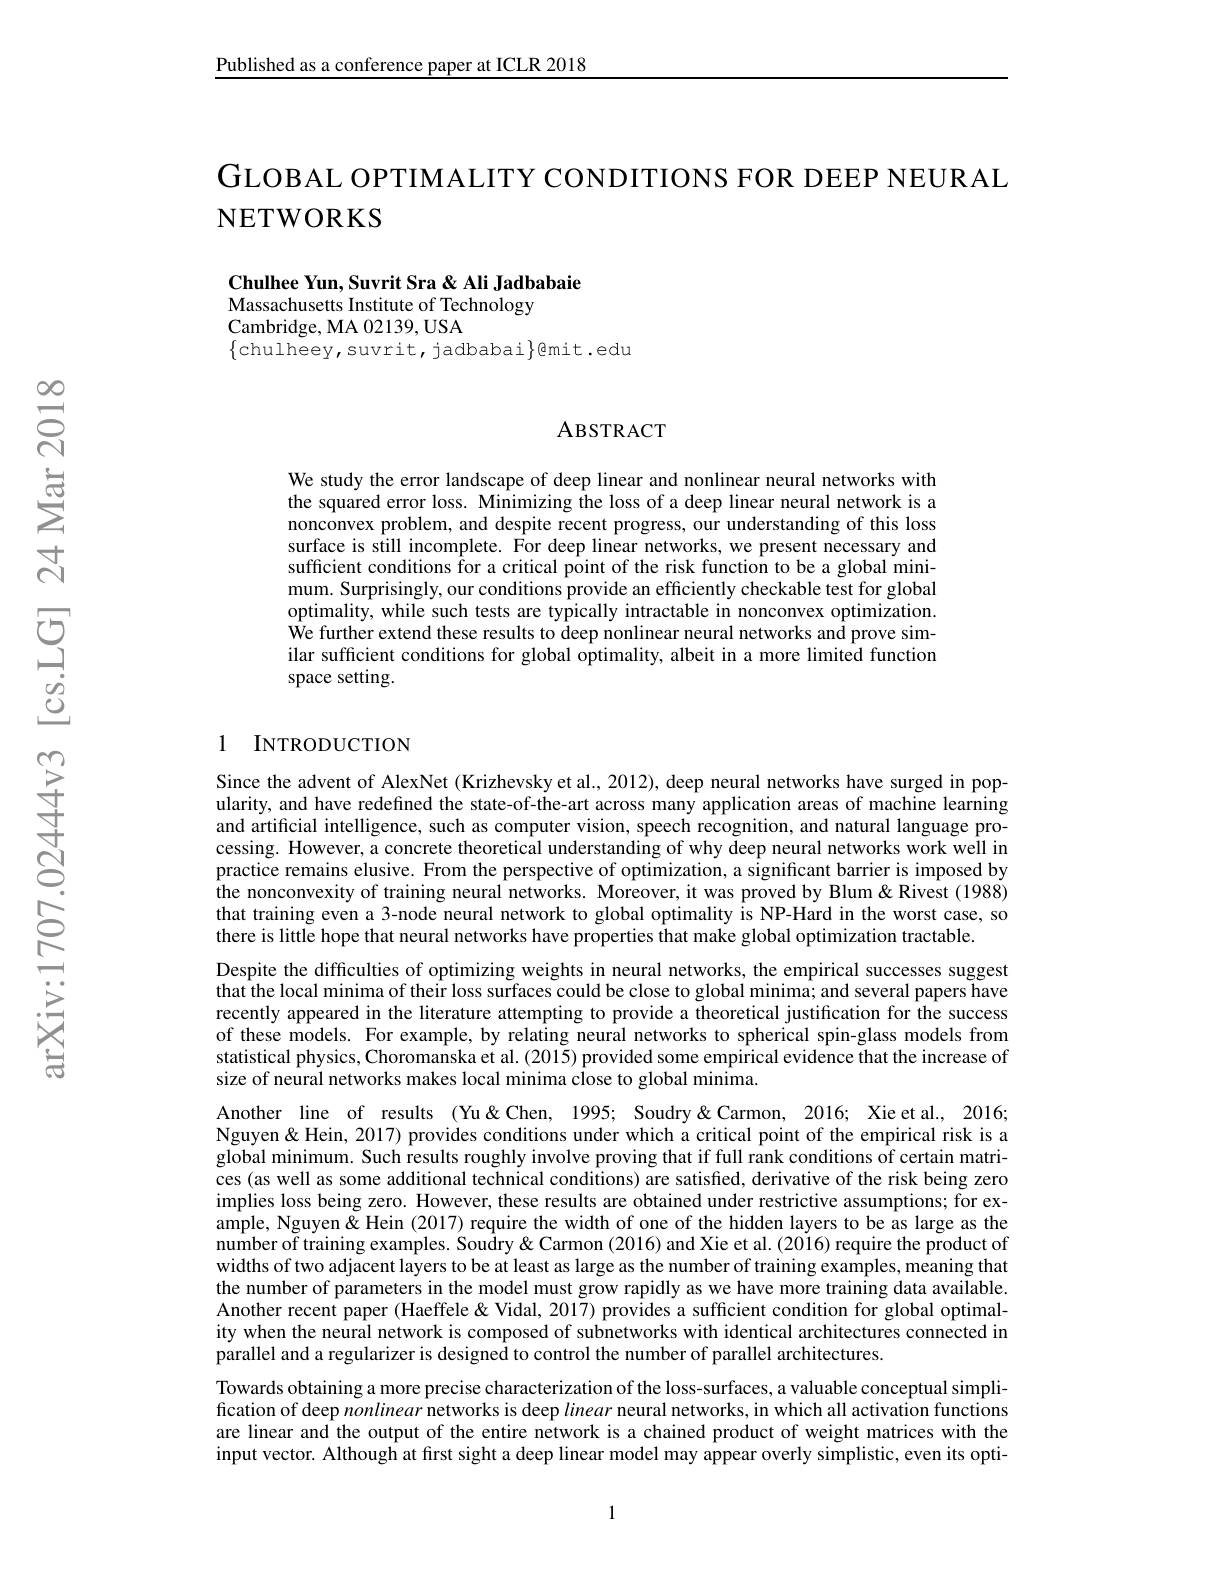
Published as a conference paper at ICLR 2018

GLOBAL OPTIMALITY CONDITIONS FOR DEEP NEURAL
NETWORKS

Chulhee Yun, Suvrit Sra & Ali Jadbabaie
Massachusetts Institute of Technology
Cambridge, MA 02139, USA
$\{$chulheey,suvrit,jadbabai$\}$@mit.edu

$હ્રિં$

### ABSTRACT

We study the error landscape of deep linear and nonlinear neural networks with the squared error loss. Minimizing the loss of a deep linear neural network is a nonconvex problem, and despite recent progress, our understanding of this loss surface is still incomplete. For deep linear networks, we present necessary and sufficient conditions for a critical point of the risk function to be a global minimum. Surprisingly, our conditions provide an efficiently checkable test for global optimality, while such tests are typically intractable in nonconvex optimization. $\hat{\text{We further extend these results to deep nonlinear neural networks and prove sim-}}$ ilar sufficient conditions for global optimality, albeit in a more limited function space setting.

### 1 INTRODUCTION

Since the advent of AlexNet (Krizhevsky et al., 2012), deep neural networks have surged in popularity, and have redefined the state-of-the-art across many application areas of machine learning and artificial intelligence, such as computer vision, speech recognition, and natural language processing. However, a concrete theoretical understanding of why deep neural networks work well in practice remains elusive. From the perspective of optimization, a significant barrier is imposed by the nonconvexity of training neural networks. Moreover, it was proved by Blum&Rivest (1988) that training even a 3-node neural network to global optimality Îs NP-Hard in the worst case, so there is little hope that neural networks have properties that make global optimization tractable.
Despite the difficulties of optimizing weights in neural networks, the empirical successes suggest $\hat{\text{that the local minima of their loss surfaces could be close to global minima; and several papers have}}$ recently appeared in the literature attempting to provide a theoretical justification for the success of these models. For example, by relating neural networks to spherical spin-glass models from statistical physics, Choromanska et al. (2015) provided some empirical evidence that the increase of size of neural networks makes local minima close to global minima.

Another line of results (Yu&Chen, 1995; Soudry&Carmon, 2016; Xie et al., 2016; Nguyen& Hein, 2017) provides conditions under which a critical point of the empirical risk is a global minimum. Such results roughly involve proving that if full rank conditions of certain matrices (as well as some additional technical conditions) are satisfied, derivative of the risk being zero implies loss being zero. However, these results are obtained under restrictive assumptions; for example, Nguyen& Hein (2017) require the width of one of the hidden layers to be as large as the number of training examples. Soudry & Carmon (2016) and Xie et al. (2016) require the product of widths of two adjacent layers to be at least as large as the number of training examples, meaning that the number of parameters in the model must grow rapidly as we have more training data available. Another recent paper (Haeffele&Vidal, 2017) provides a sufficient condition for global optimality when the neural network is composed of subnetworks with identical architectures connected in parallel and a regularizer is designed to control the number of parallel architectures.
Towards obtaining a more precise characterization of the loss-surfaces, a valuable conceptual simplification of deep nonlinear networks is deep linear neural networks, in which all activation functions are linear and the output of the entire network is a chained product of weight matrices with the input vector. Although at first sight a deep linear model may appear overly simplistic, even its opti-

1